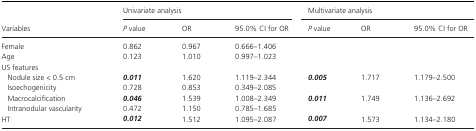
<table><thead><tr><td rowspan="2"><b>Variables</b></td><td colspan="3"><b>Univariate analysis</b></td><td colspan="3"><b>Multivariate analysis</b></td></tr><tr><td><b><i>P</i> value</b></td><td><b>OR</b></td><td><b>95.0% CI for OR</b></td><td><b><i>P</i> value</b></td><td><b>OR</b></td><td><b>95.0% CI for OR</b></td></tr></thead><tbody><tr><td>Female</td><td>0.862</td><td>0.967</td><td>0.666–1.406</td><td></td><td></td><td></td></tr><tr><td>Age</td><td>0.123</td><td>1.010</td><td>0.997–1.023</td><td></td><td></td><td></td></tr><tr><td colspan="7">US features</td></tr><tr><td>Nodule size &lt; 0.5 cm</td><td><i><b>0.011</b></i></td><td>1.620</td><td>1.119–2.344</td><td><i><b>0.005</b></i></td><td>1.717</td><td>1.179–2.500</td></tr><tr><td>Isoechogenicity</td><td>0.728</td><td>0.853</td><td>0.349–2.085</td><td></td><td></td><td></td></tr><tr><td>Macrocalcification</td><td><i><b>0.046</b></i></td><td>1.539</td><td>1.008–2.349</td><td><i><b>0.011</b></i></td><td>1.749</td><td>1.136–2.692</td></tr><tr><td>Intranodular vascularity</td><td>0.472</td><td>1.150</td><td>0.785–1.685</td><td></td><td></td><td></td></tr><tr><td>HT</td><td><i><b>0.012</b></i></td><td>1.512</td><td>1.095–2.087</td><td><i><b>0.007</b></i></td><td>1.573</td><td>1.134–2.180</td></tr></tbody></table>